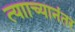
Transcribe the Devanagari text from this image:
त्यााच्यानंतर